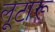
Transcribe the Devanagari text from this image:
लूटारू